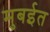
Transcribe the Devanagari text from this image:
मुबईत